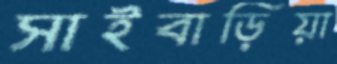
সাইবাড়িয়া